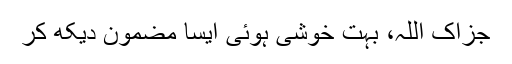
جزاکِ اللہ، بہت خوشی ہوئی ایسا مضمون دیکھ کر